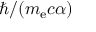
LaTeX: \hbar / ( m _ { \mathrm { e } } c \alpha )